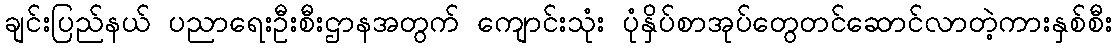
ချင်းပြည်နယ် ပညာရေးဦးစီးဌာနအတွက် ကျောင်းသုံး ပုံနှိပ်စာအုပ်တွေတင်ဆောင်လာတဲ့ကားနှစ်စီး